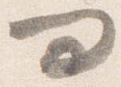
問